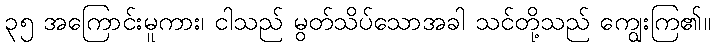
၃၅ အကြောင်းမူကား၊ ငါသည် မွတ်သိပ်သောအခါ သင်တို့သည် ကျွေးကြ၏။